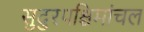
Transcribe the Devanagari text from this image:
सुदुरपश्चिमांचल